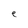
Character: e